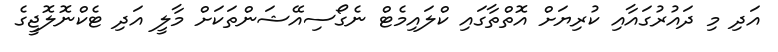
އަދި މި ދައުރުގައާއި ކުރިޔަށް އޮތްތާގައި ކްލައިމެޓް ނެގޯސިއޭޝަންތަކަށް މާލީ އަދި ޓެކްނޮލޮޖީގެ